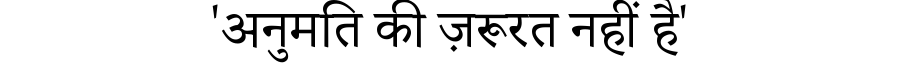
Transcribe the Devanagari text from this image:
'अनुमति की ज़रूरत नहीं है'